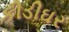
કીડીઘર